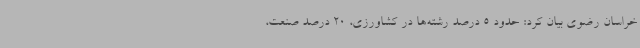
خراسان رضوی بیان کرد: حدود 5 درصد رشته‌ها در کشاورزی، 20 درصد صنعت،